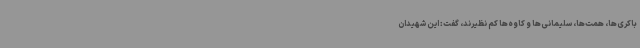
باکری‌ها، همت‌ها، سلیمانی‌ها و کاوه‌ها کم نظیرند، گفت: این شهیدان